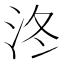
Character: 泈